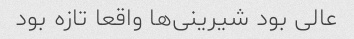
عالی بود شیرینی‌ها واقعا تازه بود